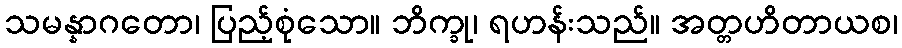
သမန္နာဂတော၊ ပြည့်စုံသော။ ဘိက္ခု၊ ရဟန်းသည်။ အတ္တဟိတာယစ၊